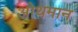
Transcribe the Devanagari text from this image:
ओथमान